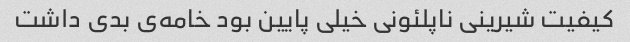
کیفیت شیرینی ناپلئونی خیلی پایین بود خامه‌ی بدی داشت